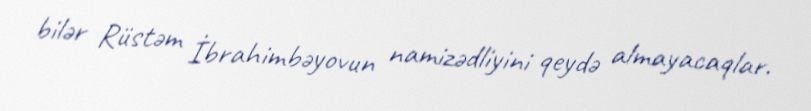
bilər Rüstəm İbrahimbəyovun namizədliyini qeydə almayacaqlar.